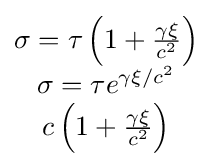
{\scriptstyle {\begin{matrix}\sigma =\tau \left(1+{\frac {\gamma \xi }{c^{2}}}\right)\\\sigma =\tau e^{\gamma \xi /c^{2}}\\c\left(1+{\frac {\gamma \xi }{c^{2}}}\right)\end{matrix}}}